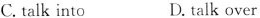
C.talk into D.talk over